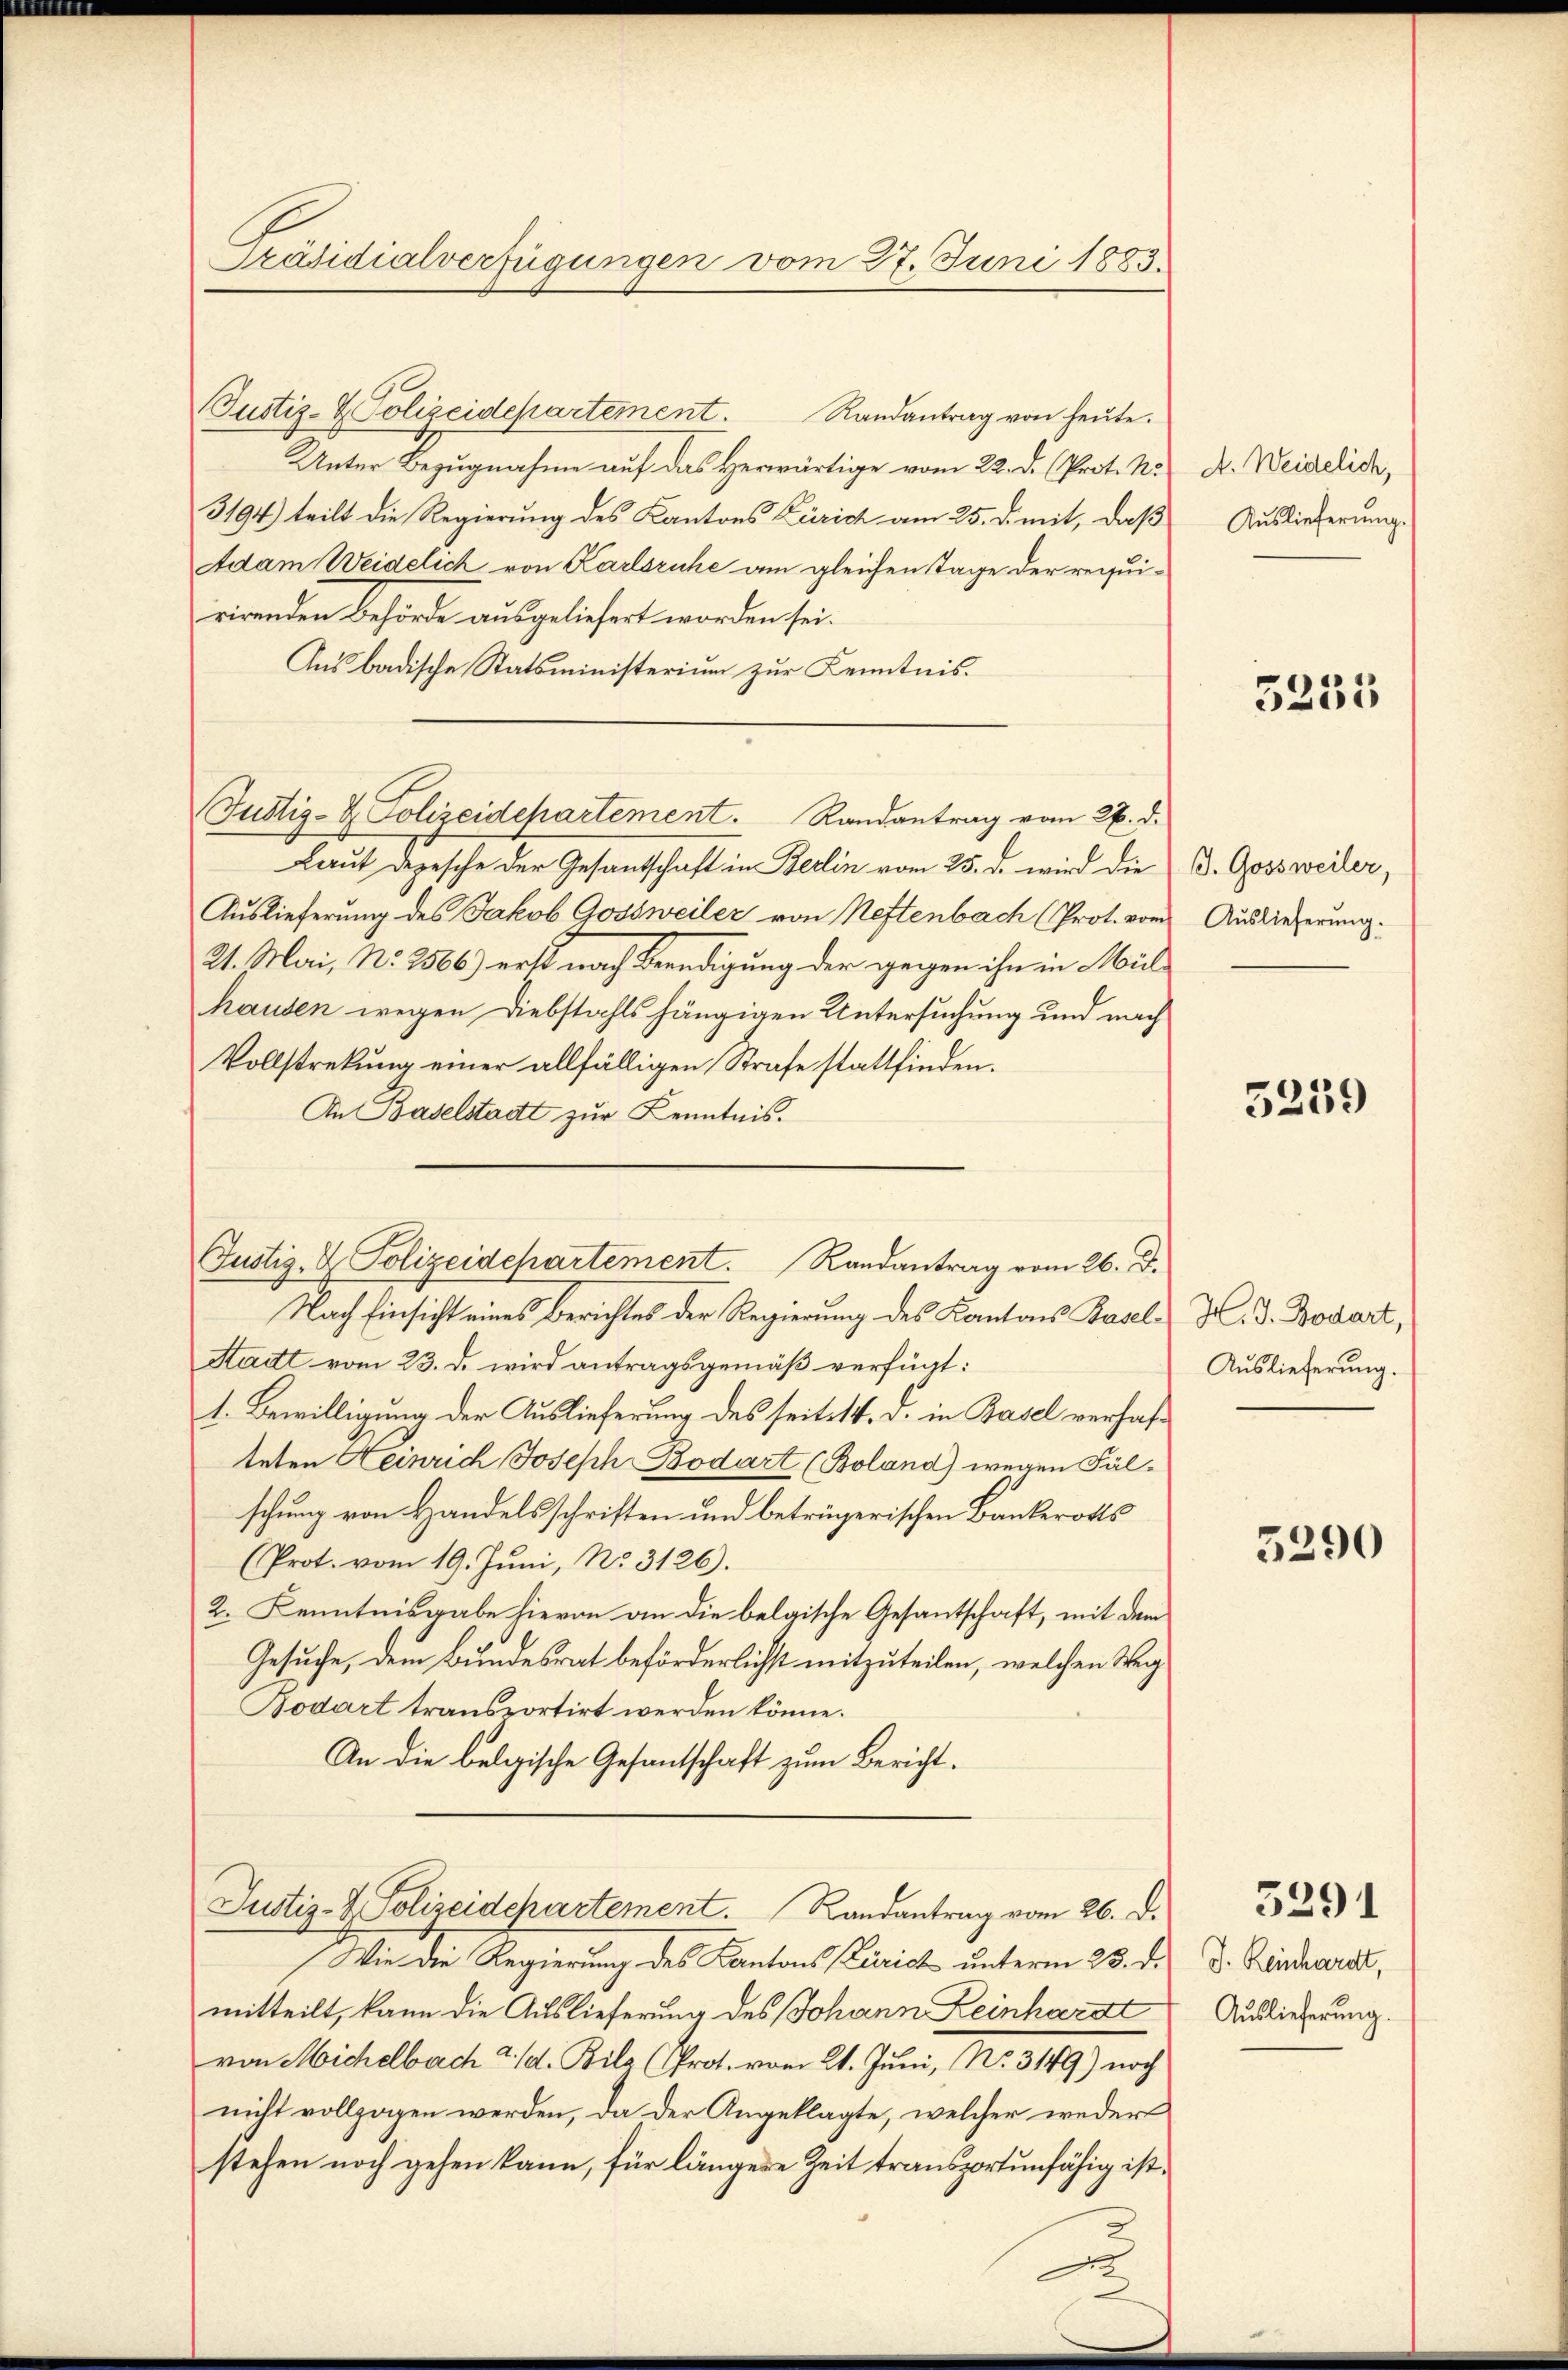
Präsidialverfügungen vom 27. Juni 1883.

Justiz- & Polizeidepartement. Randantrag von heŭte.
Unter Bezugnahme auf das Herwärtige vom 22. d. Prot. N.
3194) teilt die Regierung des Kantons Zürich am 25. d. mit, daß
Adam Weidelich von Karlsruhe am gleichen Tage der requirirenden Behörde ausgeliefert worden sei.
Ans badische Statsministerium zur Kenntnis.
Justiz- & Polizeidepartement. Randantrag vom 26. d.
Laut Depesche der Gesantschaft in Berlin vom 25. d. wird die
Auslieferung des Jakob Gossweiler von Neftenbach (Prot. vom
21. Mai, No 2566) erst nach Benedigung der gegen ihn in Mülhausen wegen Diebstahls hängigen Untersuchung und nach
Vollstreckung einer allfälligen Strafe stattfinden.
In Baselstadt zur Kenntnis.
Nach Einsicht eines Berichtes der Regierung des Kantons Basel¬
Statt vom 23. d. wird antragsgemäß verfügt:
1. Bewilligung der Auslieferung des seits 14. d. in Basel verhafteten Heinrich Joseph Bodart (Boland) wegen Fälschung von Handelsschriften und betrügerischen Bankerotts
(Prot. vom 19. Juni, No. 3126).
2. Kenntnisgabe hievon an die belgische Gesantschaft, mit dem
Gesuche, dem Bundesrat beförderlichst mitzuteilen, welchen Weg
Bodart transportirt werden könne.
An die belgische Gesandtschaft zum Bericht.
Justiz- & Polizeidepartement. Randantrag vom 26. d.
Wie die Regierung des Kantons (Zürich unterm 23. d.
mitteilt, kann die Auslieferung des Johann Leinhardt
von Michelbach d. d. Bila (Prot. vom 21. Juni, No. 3149) noch
nicht vollzogen werden, da der Angeklagte, welcher weder
stehen noch gehen kann, für längere Zeit transportunfähig ist,

Justiz- & Polizeidepartement. Randantrag vom 26. d.

A. Weidelich,
Auslieferung.

5235

J. Gossweiler,
Auslieferung.

5239

H. J. Bodart,
Auslieferung.

5290

J. Reinhardt,
Auslieferung.

5291